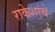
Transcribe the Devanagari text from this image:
राकेशांचे